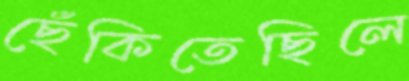
ছেঁকিতেছিলে